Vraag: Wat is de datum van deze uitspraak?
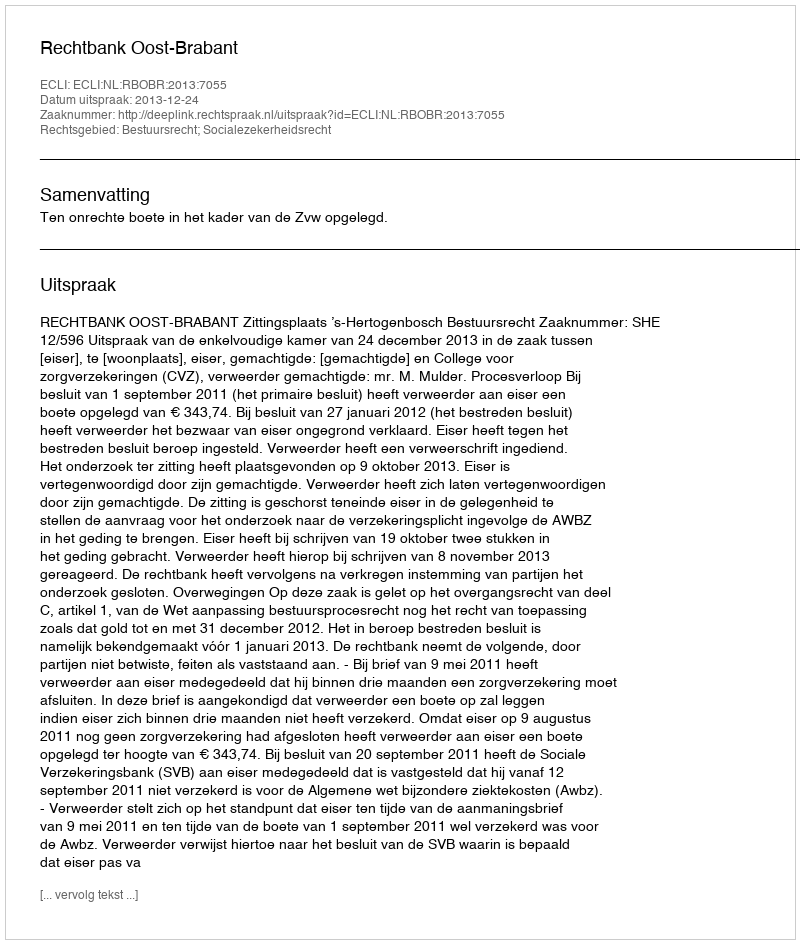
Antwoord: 2013-12-24